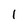
Character: l